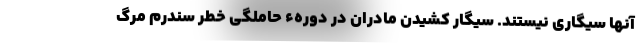
آنها سیگاری نیستند. سیگار کشیدن مادران در دورهء حاملگی خطر سندرم مرگ